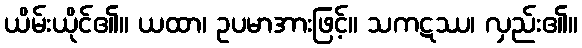
ယိမ်းယိုင်၏။ ယထာ၊ ဥပမာအားဖြင့်။ သကဋဿ၊ လှည်း၏။